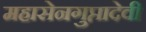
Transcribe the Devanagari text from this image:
महासेनगुप्तादेवी